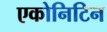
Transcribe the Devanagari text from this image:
एकोनिटिन